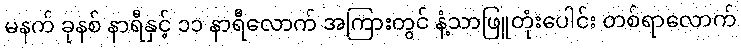
မနက် ခုနစ် နာရီနှင့် ၁၁ နာရီလောက် အကြားတွင် နံ့သာဖြူတုံးပေါင်း တစ်ရာလောက်